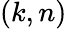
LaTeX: (k,n)